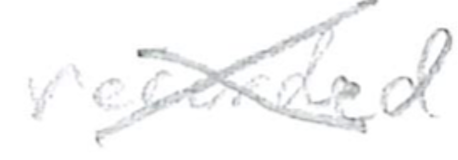
Text: recorded
Cross-out: cross
Writing tool: pencil